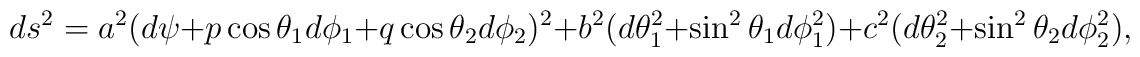
ds^2=a^2(d\psi +p \cos \theta_1 d\phi_1 +q \cos \theta_2 d\phi_2)^2+ b^2 (d\theta_1^2 +\sin^2 \theta_1 d\phi_1^2) +c^2(d\theta_2^2 +\sin^2 \theta_2 d\phi_2^2),